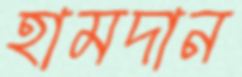
হামদান